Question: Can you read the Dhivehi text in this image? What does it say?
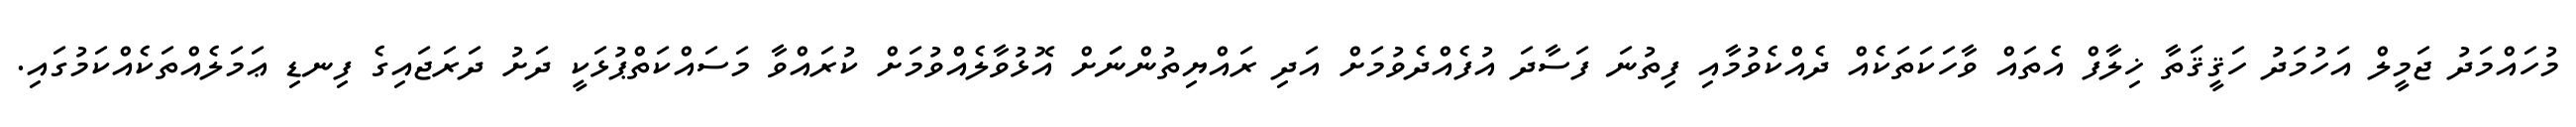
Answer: މުހައްމަދު ޖަމީލް އަހުމަދު ހަޤީޤަތާ ޚިލާފް އެތައް ވާހަކަތަކެއް ދެއްކެވުމާއި ފިތުނަ ފަސާދަ އުފެއްދެވުމަށް އަދި ރައްޔިތުންނަަށް އޮޅުވާލެއްވުމަށް ކުރައްވާ މަސައްކަތްޕުޅަކީ ދަށު ދަރަޖައިގެ ފިނޑި ޢަމަލެއްތަކެއްކަމުގައި.